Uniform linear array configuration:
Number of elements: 4
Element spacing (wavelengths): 0.25
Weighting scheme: uniform
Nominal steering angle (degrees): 45
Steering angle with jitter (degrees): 43.719
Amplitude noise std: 0.05
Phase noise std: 0.05

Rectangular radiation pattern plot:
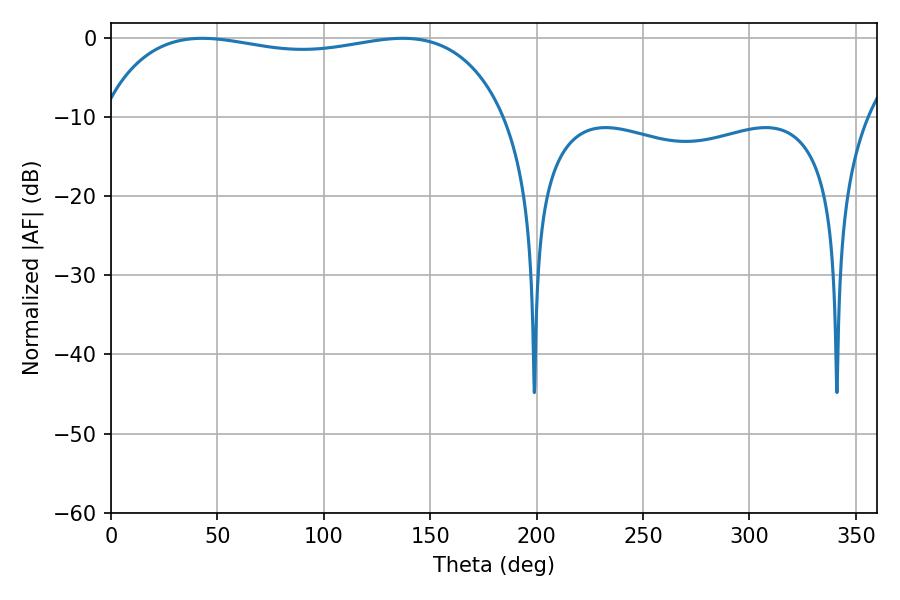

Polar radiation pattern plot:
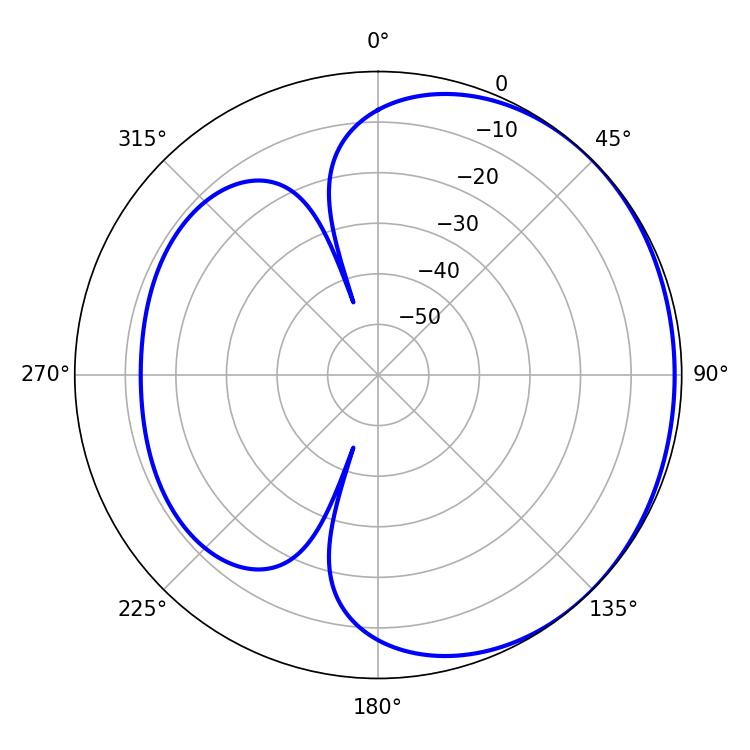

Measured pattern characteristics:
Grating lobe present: FALSE
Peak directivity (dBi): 1.067
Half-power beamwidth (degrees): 154.08
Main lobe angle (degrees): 137.16